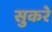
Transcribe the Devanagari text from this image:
सुकरे